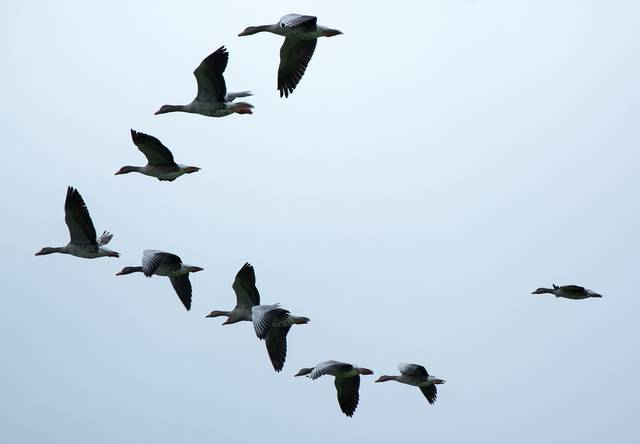
军合力不齐，踌躇而雁行。